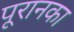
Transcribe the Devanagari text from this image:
पूरानका